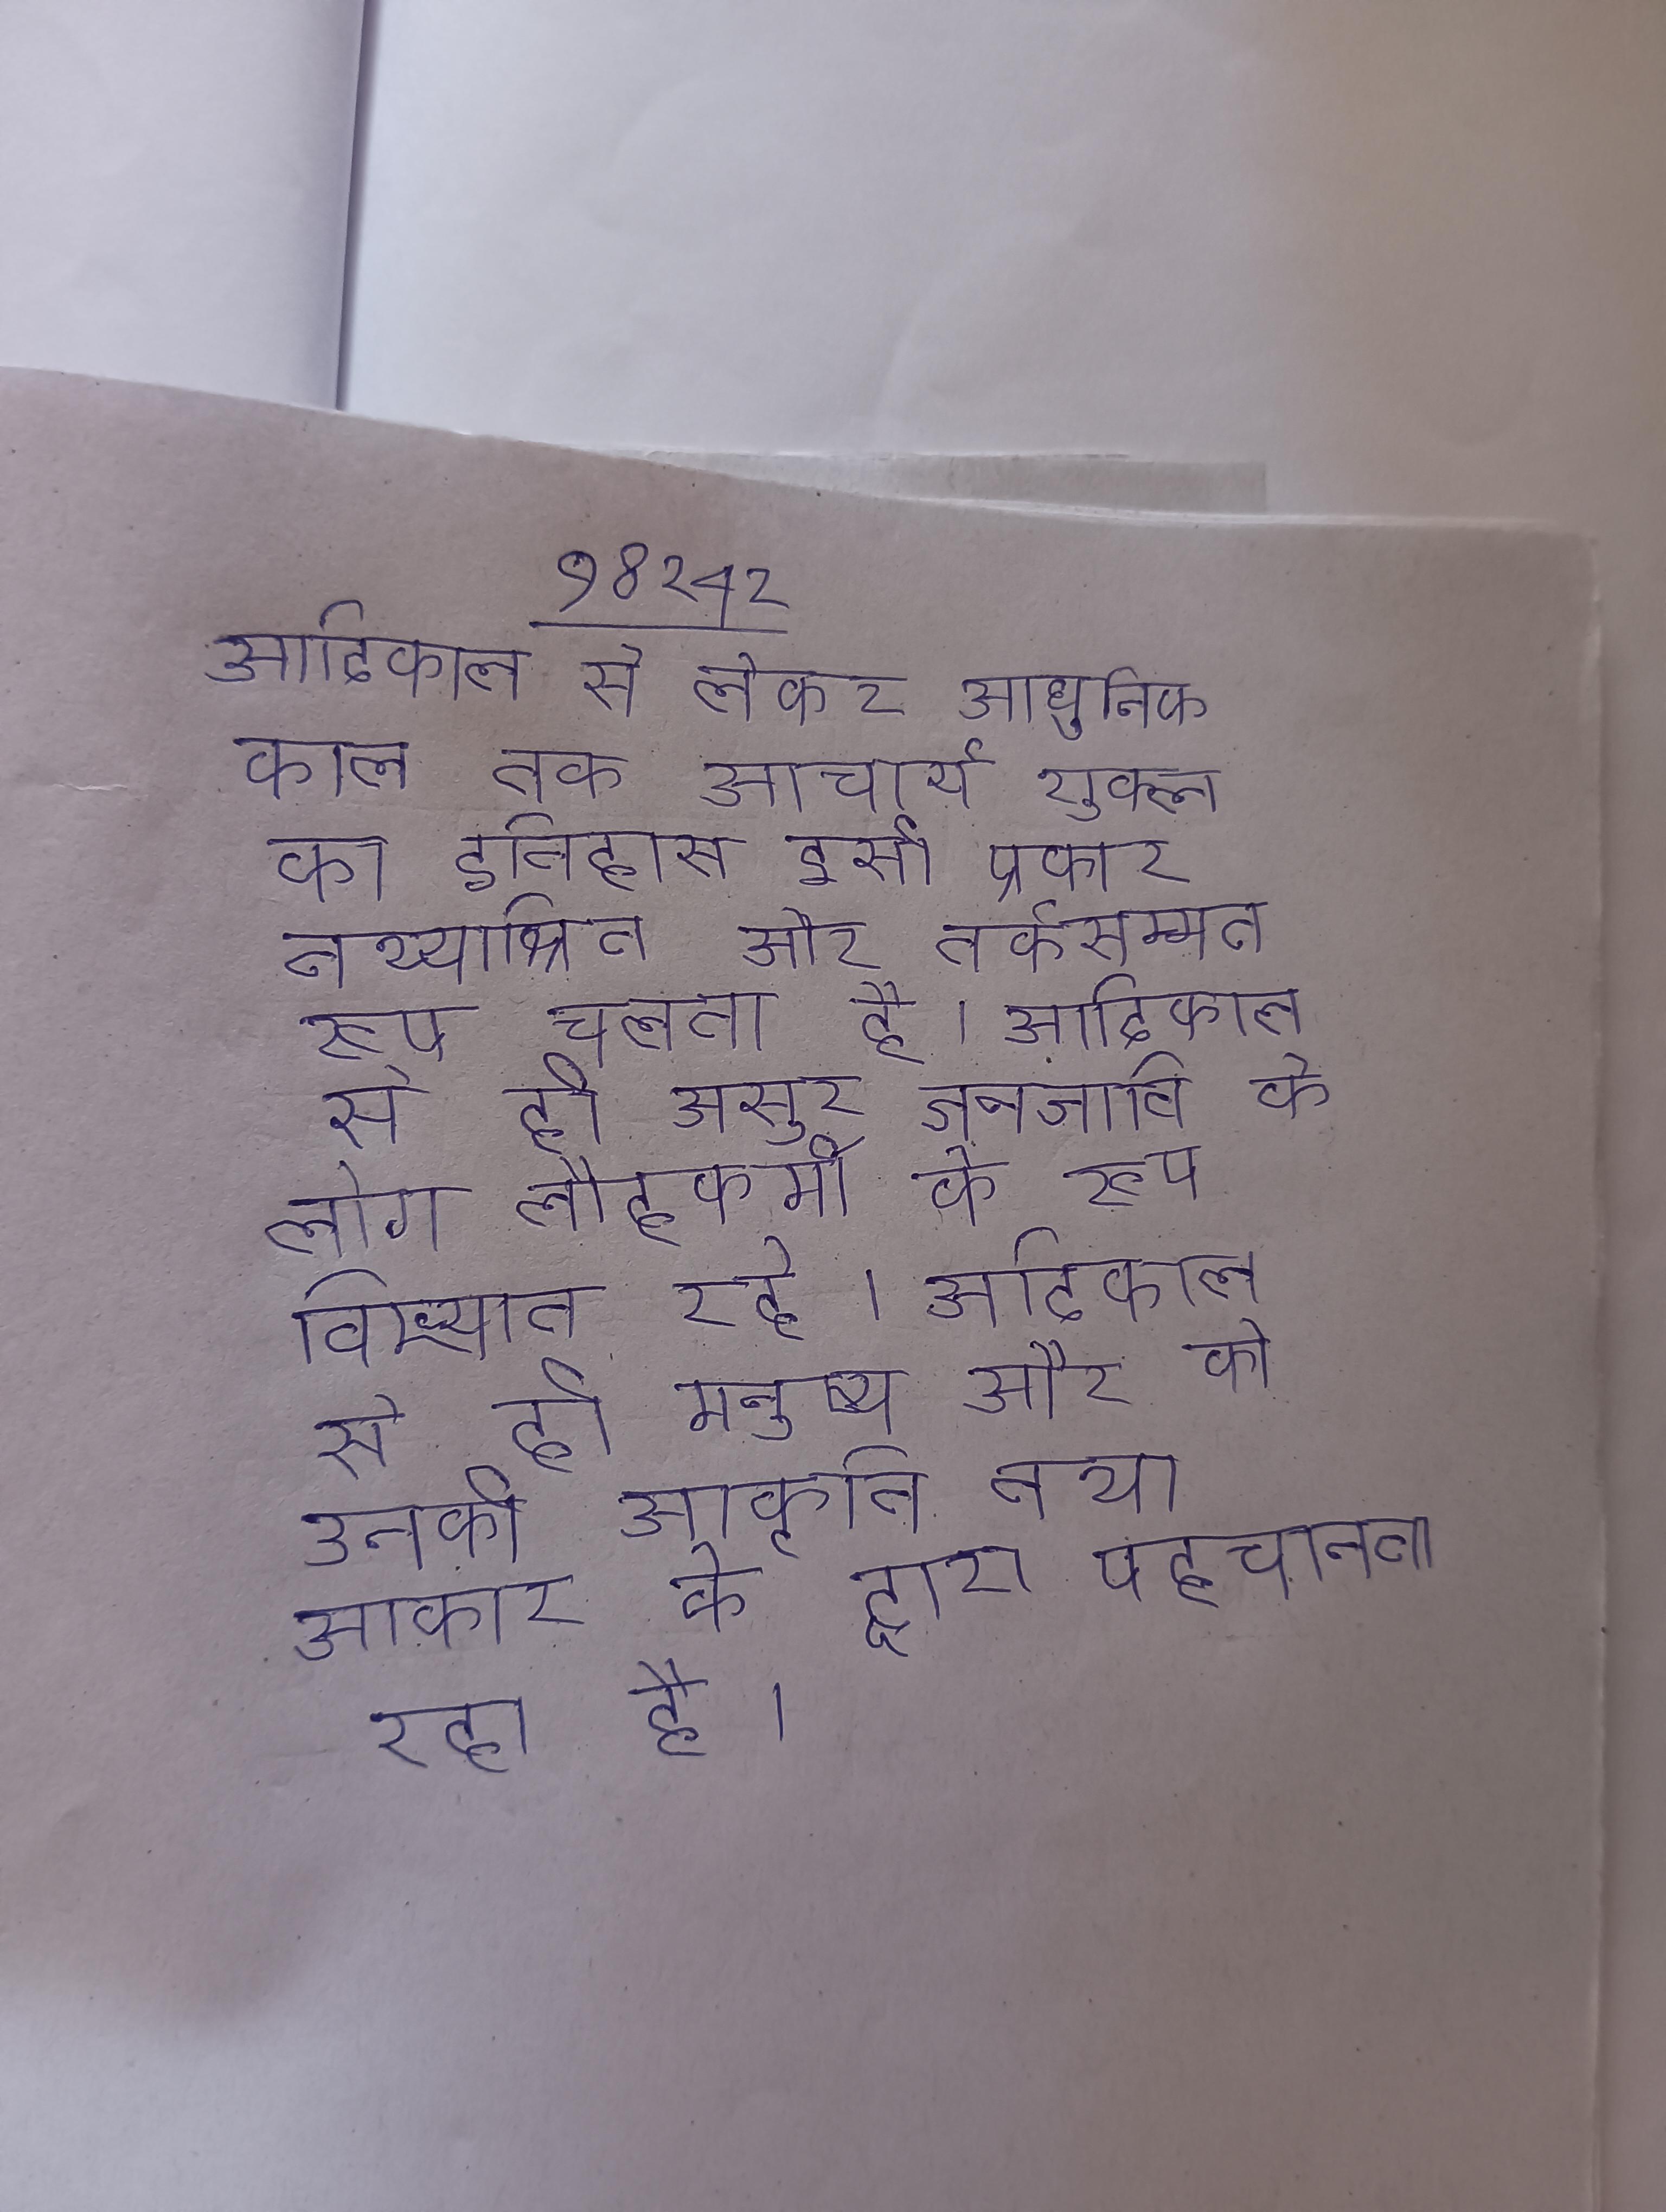
आदिकाल से लेकर आधुनिक काल तक आचार्य शुक्ल का इतिहास इसी प्रकार तथ्याश्रित और तर्कसम्मत रूप चलता है । आदिकाल से ही असुर जनजाति के लोग लौहकर्मी के रूप विख्यात रहे । आदिकाल से ही मनुष्य और को उनकी आकृति तथा आकार के द्वारा पहचानता रहा है ।